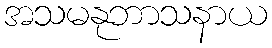
အသမနုဘာသနာယ